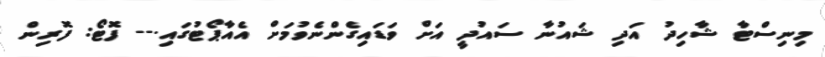
މިނިސްޓާ ޝާހިދު އަދި ޝައުނާ ސައުދީ އަށް ވަޑައިގެންނެވުމަށް އެއާޕޯޓުގައި.-- ފޮޓޯ: ފޮރިން